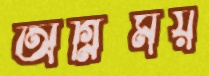
অগ্নিময়